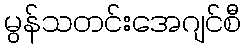
မွန်သတင်းအေဂျင်စီ